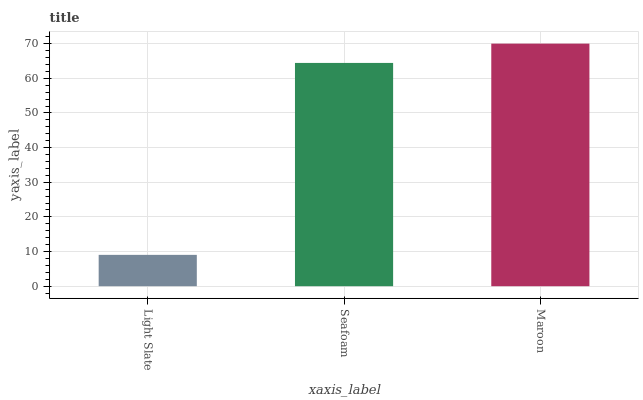
| xaxis_label | bars |
 | --- | --- |
 | Light Slate | 9.04 |
 | Seafoam | 64.5 |
 | Maroon | 70 |